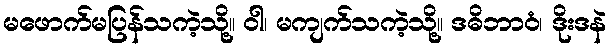
မဖောက်မပြန်သကဲ့သို့။ ဝါ၊ မကျက်သကဲ့သို့။ ဒဓိဘာဝံ၊ ဒိုးဒနဲ